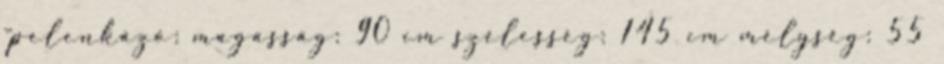
-pelenkázó: magasság: 90 cm szélesség: 145 cm mélység: 55